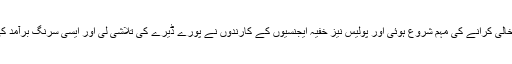
ڈیرہ سچا سودا کا رام رحیم جب جیل بھیج دیا گیا تو ڈیرے کو خالی کرانے کی مہم شروع ہوئی اور پولیس نیز خفیہ ایجنسیوں کے کارندوں نے پورے ڈیرے کی تلاشی لی اور ایسی سرنگ برآمد کی جو اسی عمارت میں کھلتی تھی جہاں نئی لڑکیاں رہتی تھیں۔